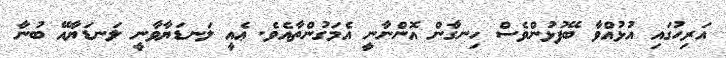
އަރިހުގައި އުޅުއްވާ ބޭފުޅުންވެސް ހިނގާން އޮންނާނީ އެމަގުންތާއެވެ. ޢެއީ ލަނޑަޔާވާނީ ލަނޑަޔާއޭ ބުނާ